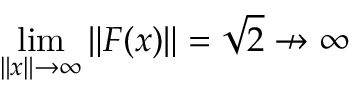
\operatorname* { l i m } _ { \| \boldsymbol { x } \| \rightarrow \infty } \| \boldsymbol { F } ( \boldsymbol { x } ) \| = \sqrt { 2 } \nrightarrow \infty